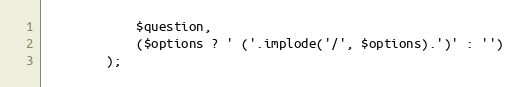
Language: PHP
            $question,
            ($options ? ' ('.implode('/', $options).')' : '')
        );